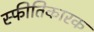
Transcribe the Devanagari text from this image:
स्फीतिकारक